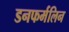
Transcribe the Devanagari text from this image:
डनफर्मलिन